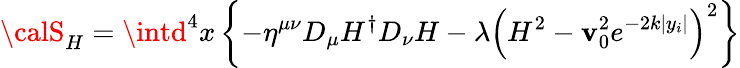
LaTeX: {\calS}_{H}=\intd^{4}x\left\{ -\eta^{\mu\nu}D_{\mu}H^{\dagger}D_{\nu}H-\lambda\left(H^{2}-\mathbf{v}_{0}^{2}e^{-2k|y_{i}|}\right)^{2}\right\}